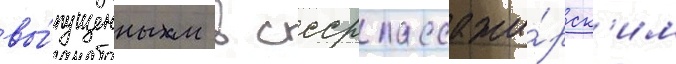
вы́пущенным в ссср пассажи́рск'им